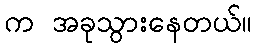
က အခုသွားနေတယ်။